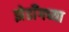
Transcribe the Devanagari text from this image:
झेडॉँगच्या